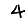
Digit: 4